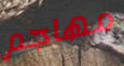
مهاجم